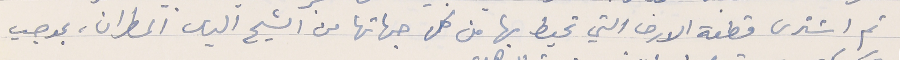
ثم اشترى قطعة الارض التي تحيط بها من كل جهاتها من الشيح الياس المطران، بموجب